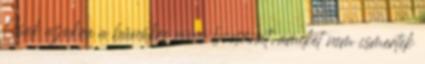
Csak azokra a bűnökre nincs bocsánat, amiket nem ismertek